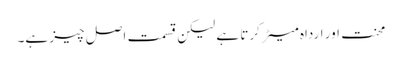
محنت اور ارداہ میٹر کرتا ہے لیکن قسمت اصل چیز ہے۔